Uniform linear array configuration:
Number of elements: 64
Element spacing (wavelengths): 1
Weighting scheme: blackman
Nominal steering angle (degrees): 30
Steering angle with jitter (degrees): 29.532
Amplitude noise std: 0.05
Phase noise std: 0.05

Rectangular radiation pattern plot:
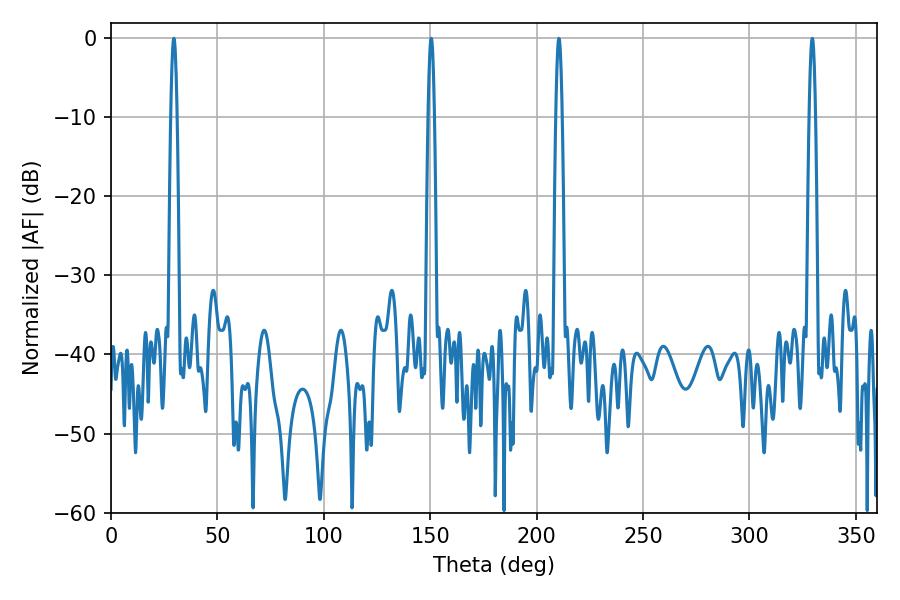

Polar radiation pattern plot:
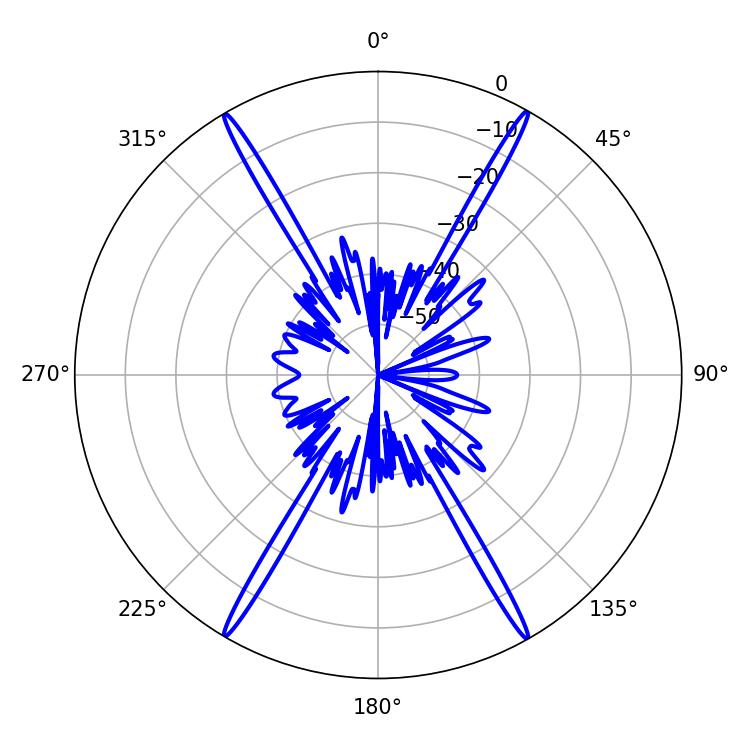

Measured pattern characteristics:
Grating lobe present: TRUE
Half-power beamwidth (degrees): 1.44
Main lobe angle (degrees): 29.52